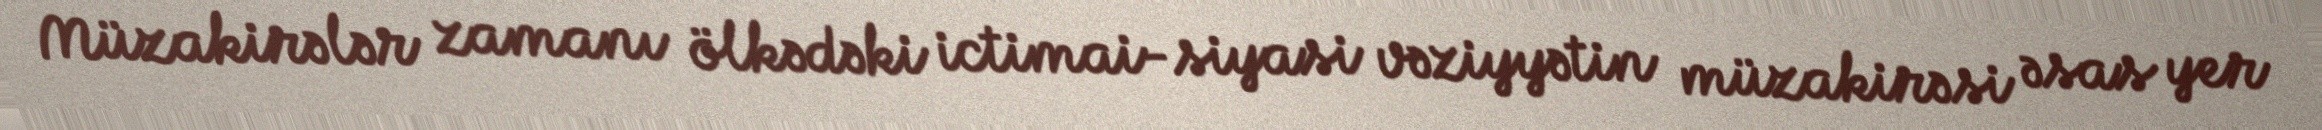
Müzakirələr zamanı ölkədəki ictimai-siyasi vəziyyətin müzakirəsi əsas yer